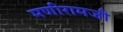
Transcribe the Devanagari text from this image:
मणीरामजी